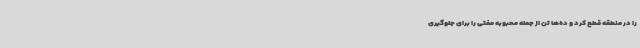
را در منطقه قطع کرد و ده‌ها تن از جمله محبوبه مفتی را برای جلوگیری